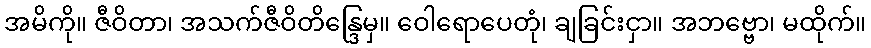
အမိကို။ ဇီဝိတာ၊ အသက်ဇီဝိတိန္ဒြေမှ။ ဝေါရောပေတုံ၊ ချခြင်းငှာ။ အဘဗ္ဗော၊ မထိုက်။